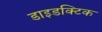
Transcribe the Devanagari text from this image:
डाइडक्टिक